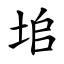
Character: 垖